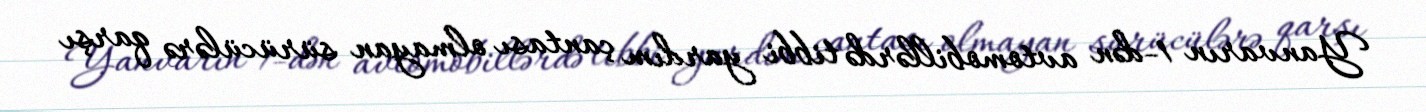
Yanvarın 1-dən avtomobillərdə tibbi yardım çantası olmayan sürücülərə qarşı